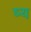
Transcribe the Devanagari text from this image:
ष्य